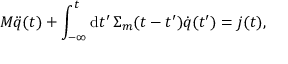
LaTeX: M \ddot { q } ( t ) + \int _ { - \infty } ^ { t } \mathrm { d } t ^ { \prime } \, \Sigma _ { m } ( t - t ^ { \prime } ) \dot { q } ( t ^ { \prime } ) = { j } ( t ) ,